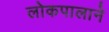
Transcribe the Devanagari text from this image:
लोकपालाने